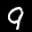
Label: 9